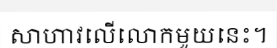
សាហាវលើលោកមួយនេះ។